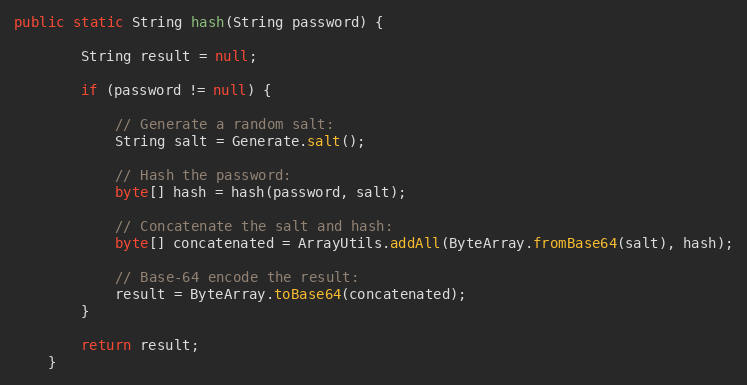
Language: Java
public static String hash(String password) {

        String result = null;

        if (password != null) {

            // Generate a random salt:
            String salt = Generate.salt();

            // Hash the password:
            byte[] hash = hash(password, salt);

            // Concatenate the salt and hash:
            byte[] concatenated = ArrayUtils.addAll(ByteArray.fromBase64(salt), hash);

            // Base-64 encode the result:
            result = ByteArray.toBase64(concatenated);
        }

        return result;
    }